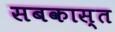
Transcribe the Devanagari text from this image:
सबकास्त